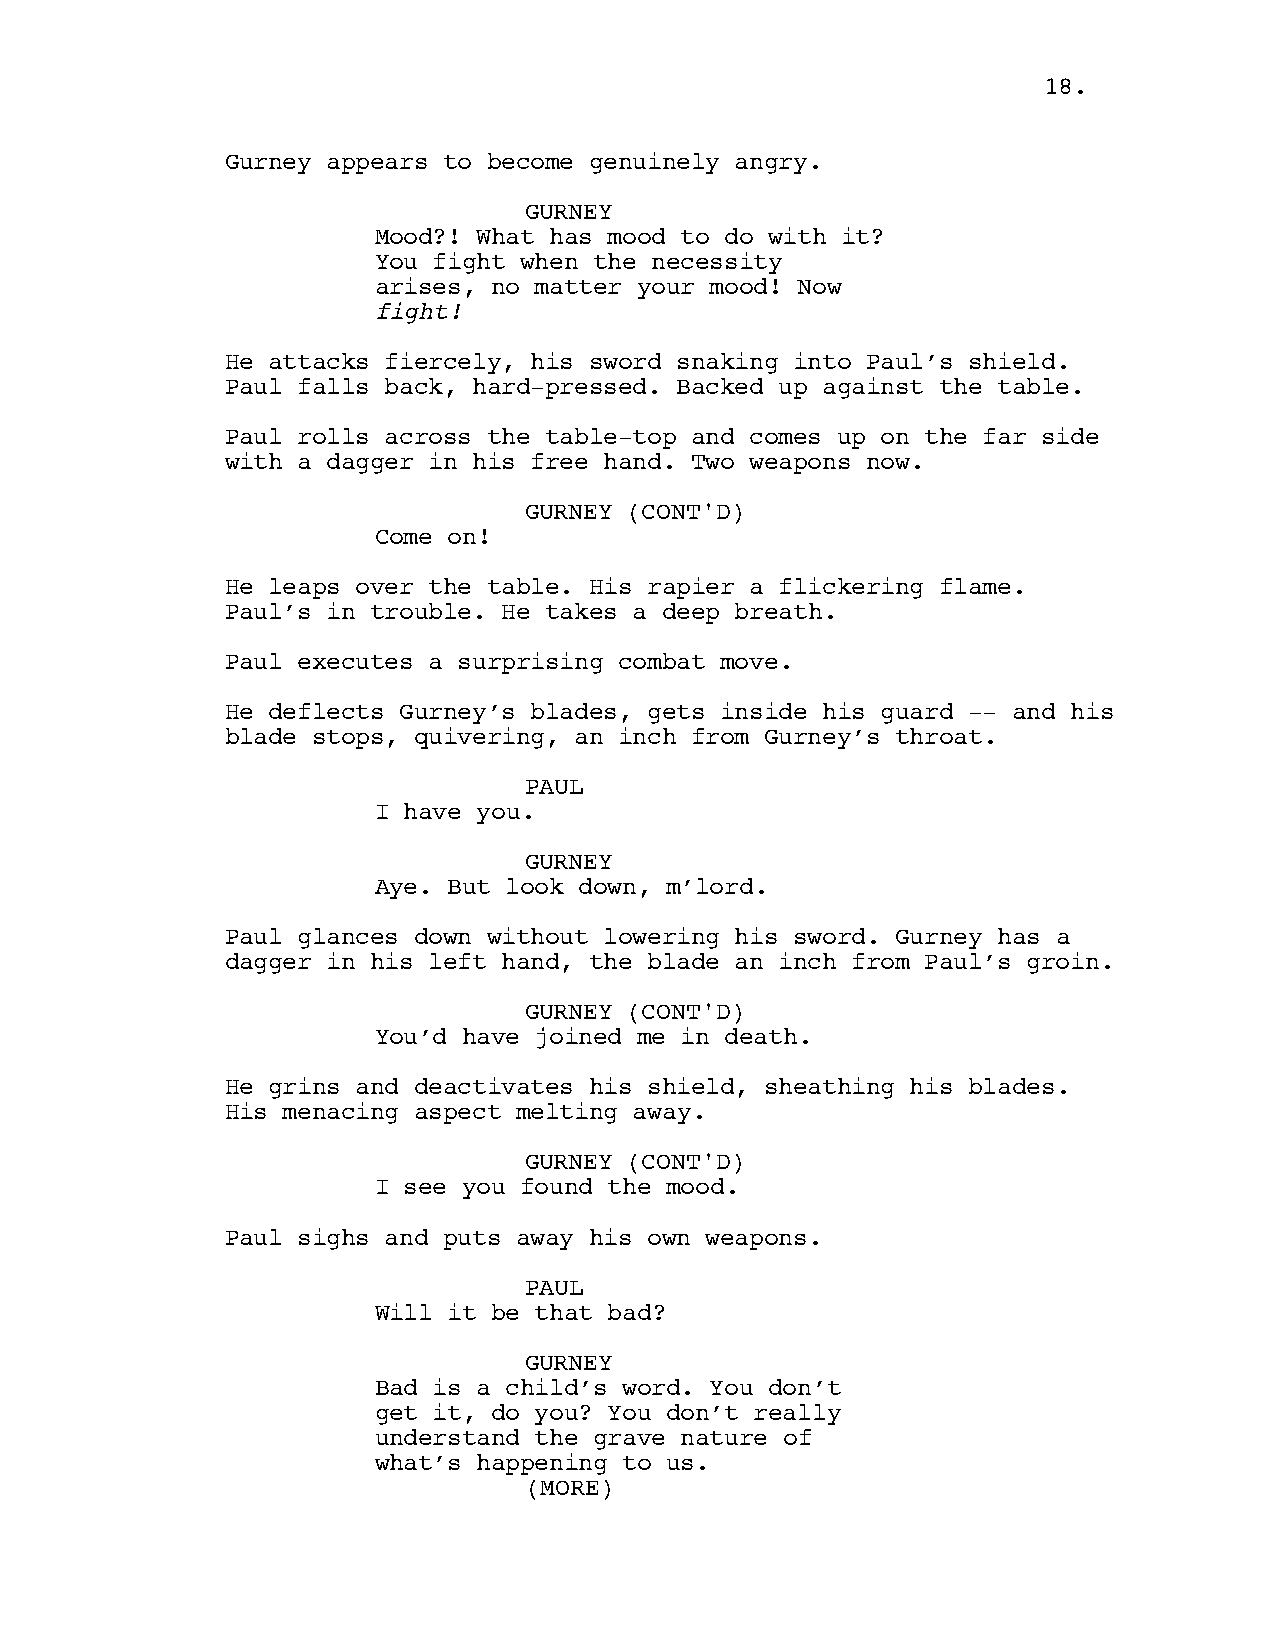
1188..
 Gurney appears to become genuinely angry.
 GURNEY
 Mood?! What has mood to do with it?
 You fight when the necessity
 arises, no matter your mood! Now
 fight!
 He attacks fiercely, his sword snaking into Paul’s shield.
 Paul falls back, hard-pressed. Backed up against the table.
 Paul rolls across the table-top and comes up on the far side
 with a dagger in his free hand. Two weapons now.
 GURNEY (CONT'D)
 Come on!
 He leaps over the table. His rapier a flickering flame.
 Paul’s in trouble. He takes a deep breath.
 Paul executes a surprising combat move.
 He deflects Gurney’s blades, gets inside his guard -- and his
 blade stops, quivering, an inch from Gurney’s throat.
 PAUL
 I have you.
 GURNEY
 Aye. But look down, m’lord.
 Paul glances down without lowering his sword. Gurney has a
 dagger in his left hand, the blade an inch from Paul’s groin.
 GURNEY (CONT'D)
 You’d have joined me in death.
 He grins and deactivates his shield, sheathing his blades.
 His menacing aspect melting away.
 GURNEY (CONT'D)
 I see you found the mood.
 Paul sighs and puts away his own weapons.
 PAUL
 Will it be that bad?
 GURNEY
 Bad is a child’s word. You don’t
 get it, do you? You don’t really
 understand the grave nature of
 what’s happening to us.
 ((MMOORREE))